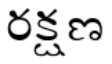
రక్షణ